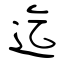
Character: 迄